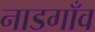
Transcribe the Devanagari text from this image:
नाडगाँव